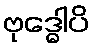
ဗုဒ္ဓေါပိ